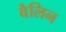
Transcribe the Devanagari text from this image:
वैलिन